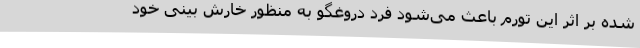
شده بر اثر این تورم باعث می‌شود فرد دروغگو به منظور خارش بینی خود